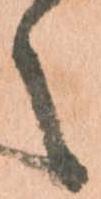
之